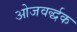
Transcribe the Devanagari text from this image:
ओजवर्द्धक